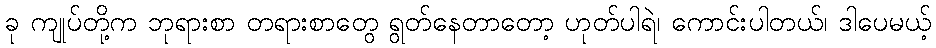
ခု ကျုပ်တို့က ဘုရားစာ တရားစာတွေ ရွတ်နေတာတော့ ဟုတ်ပါရဲ၊ ကောင်းပါတယ်၊ ဒါပေမယ့်